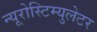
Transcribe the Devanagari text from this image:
न्यूरोस्टिम्युलेटर